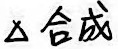
\(\triangle\) 合成